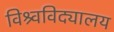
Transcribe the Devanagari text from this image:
विश्र्वविद्यालय